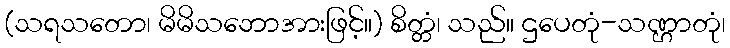
(သရသတော၊ မိမိသဘောအားဖြင့်။) စိတ္တံ၊ သည်။ ဌပေတုံ-သဏ္ဌာတုံ၊